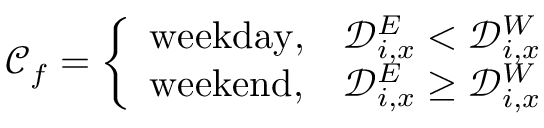
\mathcal { C } _ { f } = \left\{ \begin{array} { l l } { \mathrm { w e e k d a y } , } & { \mathcal { D } _ { i , x } ^ { E } < \mathcal { D } _ { i , x } ^ { W } } \\ { \mathrm { w e e k e n d } , } & { \mathcal { D } _ { i , x } ^ { E } \geq \mathcal { D } _ { i , x } ^ { W } } \end{array} \right.